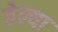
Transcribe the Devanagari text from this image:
तेल्या